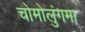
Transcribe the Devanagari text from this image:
चोमोलुंगमा